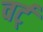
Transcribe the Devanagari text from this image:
वर्ट्